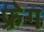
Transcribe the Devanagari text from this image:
फ्रेग